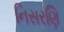
નિસરણિ